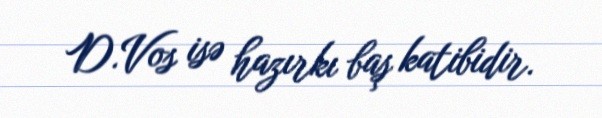
D.Vos isə hazırkı baş katibidir.